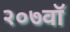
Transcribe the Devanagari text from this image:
२०७वॉ